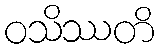
ဝသိဿတိ